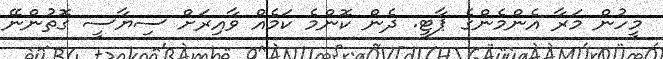
މީހުން މަރާ އެންމެންގެ ޕާޓީ. ދެން ކޮންމެ ކަމެއް ވާއިރަށް ސިޔާސީ ގޮތުންނޭ